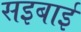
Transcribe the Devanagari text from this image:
सइबाई